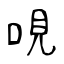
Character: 哯